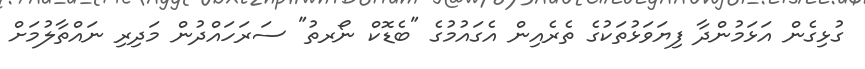
ގުޅިގެން އަޅަމުންދާ ފިޔަވަޅުތަކުގެ ތެރެއިން އެގައުމުގެ "ބެޑޮކް ނޯރތު" ސަރަހައްދުން މަދިރި ނައްތާލުމަށް